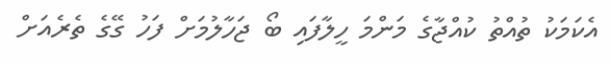
އެކަމަކު ތުއްތު ކުއްޖާގެ މަންމަ ހީލާފައި ބޯ ޖަހާލުމަށް ފަހު ގޭގެ ތެރެއަށް